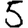
Digit: 5